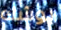
يوشك